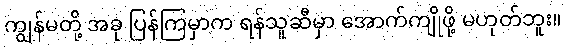
ကျွန်မတို့ အခု ပြန်ကြမှာက ရန်သူဆီမှာ အောက်ကျိုဖို့ မဟုတ်ဘူး။